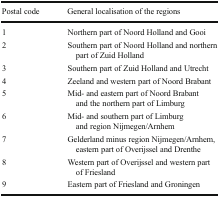
<table><thead><tr><td><b>Postal code</b></td><td><b>General localisation of the regions</b></td></tr></thead><tbody><tr><td>1</td><td>Northern part of Noord Holland and Gooi</td></tr><tr><td>2</td><td>Southern part of Noord Holland and northern part of Zuid Holland</td></tr><tr><td>3</td><td>Southern part of Zuid Holland and Utrecht</td></tr><tr><td>4</td><td>Zeeland and western part of Noord Brabant</td></tr><tr><td>5</td><td>Mid- and eastern part of Noord Brabant and the northern part of Limburg</td></tr><tr><td>6</td><td>Mid- and southern part of Limburg and region Nijmegen/Arnhem</td></tr><tr><td>7</td><td>Gelderland minus region Nijmegen/Arnhem, eastern part of Overijssel and Drenthe</td></tr><tr><td>8</td><td>Western part of Overijssel and western part of Friesland</td></tr><tr><td>9</td><td>Eastern part of Friesland and Groningen</td></tr></tbody></table>